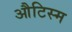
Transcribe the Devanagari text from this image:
औटिस्म